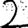
Digit: 2